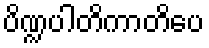
ပိဏ္ဍပါတိကာတိပေ